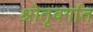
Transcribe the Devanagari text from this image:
श्रोतृवर्गात